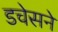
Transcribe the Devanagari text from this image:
डचेसने